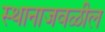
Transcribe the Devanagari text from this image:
स्थानाजवळील